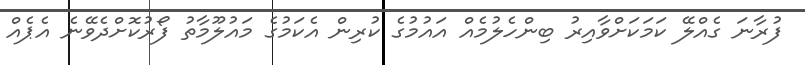
ފުރާނަ ގެއްލޭ ކަމަކަށްވާއިރު ބިންހެލުމެއް އައުމުގެ ކުރިން އެކަމުގެ މައުލޫމާތު ފޯރުކޮށްދެވޭނެ އެޕެއް